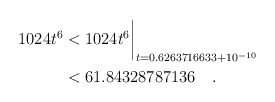
\begin{align*}1024t^6 & < 1024t^6\biggr\rvert_{t=0.6263716633 + 10^{-10}} \\& < 61.84328787136 \quad. \end{align*}